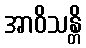
အာဝိသန္တိ